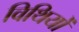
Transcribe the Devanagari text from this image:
विथियों